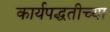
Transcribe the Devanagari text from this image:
कार्यपद्धतीच्या